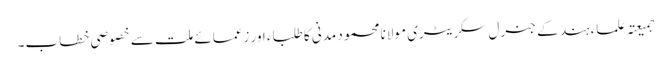
جمیعتہ علماء ہند کے جنرل سکریٹری مولانا محمود مدنی کا طلباء اور زعمائے ملت سے خصوصی خطاب۔